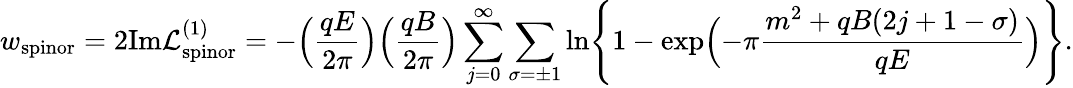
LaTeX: w_{\mathrm{spinor}}=2\mathrm{Im}{\cal L}_{\mathrm{spinor}}^{(1)}=-\Bigl(\frac{qE}{2\pi}\Bigr)\Bigl(\frac{qB}{2\pi}\Bigr)\sum_{j=0}^{\infty}\sum_{\sigma=\pm 1}\ln\Biggl\{ 1-\exp\Bigl(-\pi\frac{m^{2}+qB(2j+1-\sigma)}{qE}\Bigr)\Biggr\} .